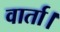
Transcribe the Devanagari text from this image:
वार्ता।